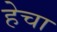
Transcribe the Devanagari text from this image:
हेचा